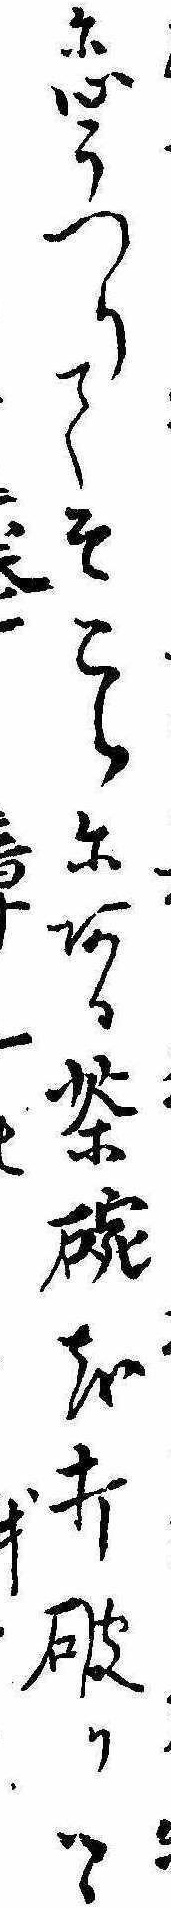
に心うつりてそこらにある茶碗を打破りつゝに